Plague in India, 1896, 1897 - Volume 3
Year: 1896
Disease focus: Plague
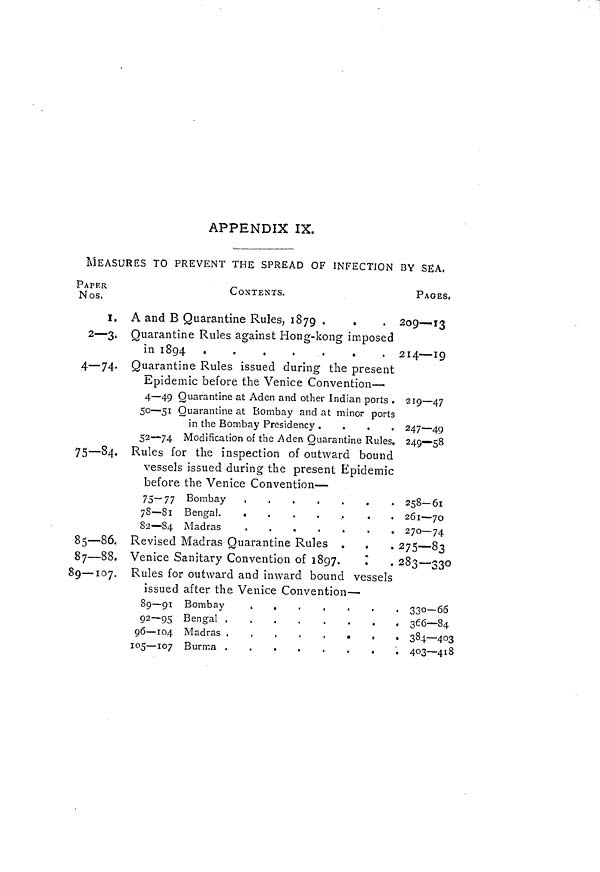
APPENDIX IX.
MEASURES TO PREVENT THE SPREAD OF INFECTION BY SEA,
PAPER
Nos.
I.
2— 3 .
4—74«
75-84.
85—86.
87—88.
8g — 107.
CONTENTS.
A and B Quarantine Rules, 1879 .
Quarantine Rules against Hong-kong imposed
in 1894
Quarantine Rules issued during the present
Epidemic before the Venice Convention—
4 — 49 Quarantine at Aden and other Indian ports .
50 — 51 Quarantine at Bombay and at minor ports
in the Bombay Presidency .
52 — 74 Modification of the Aden Quarantine Rules.
Rules for the inspection of outward bound
vessels issued during the present Epidemic
before the Venice Convention —
75—77 Bombay
,
78—81 Bengal
82—84 Madras
Revised Madras Quarantine Rules .
Venice Sanitary Convention of 1897.
1
Rules for outward and inward bound vessels
issued after the Venice Convention —
go — 104 Madras
,
PAGES.
209—13
214 — IQ
219—47
247—49
249—58
258-61
261 — 70
270—74
275 — 83
2 83—330
. 330—66
. 366—84
• 384 — 403
v
v
~ O
. 403—418